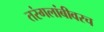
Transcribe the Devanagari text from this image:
तरंगलांबीवरच